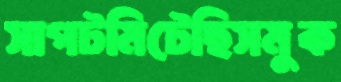
সাপটমিটেছিসমুক